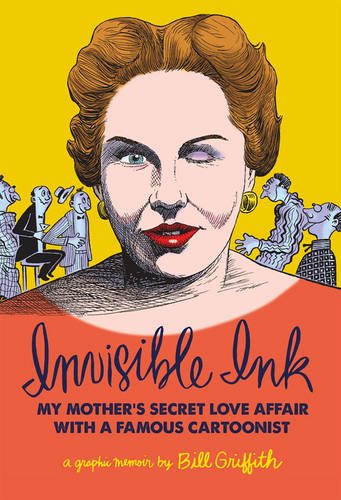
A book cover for Invisible Ink: My Mother's Love Affair With A Famous Cartoonist; Bill Griffith; Comics & Graphic Novels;